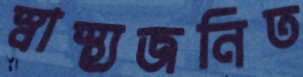
স্বাস্থ্যজনিত